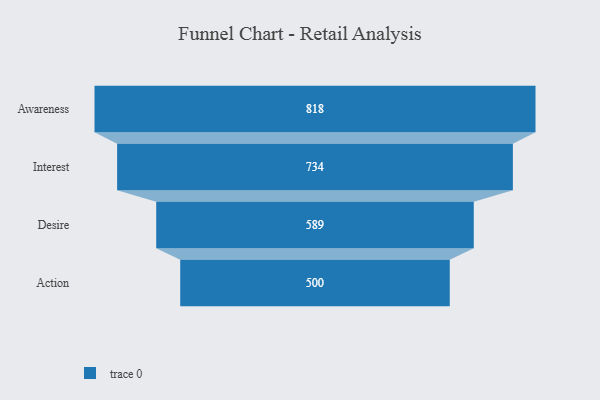
{"axis": {"x": "Stage", "y": "Value"}, "legend": [""], "data": [{"x": "Awareness", "y": 818.0, "type": ""}, {"x": "Interest", "y": 734.0, "type": ""}, {"x": "Desire", "y": 589.0, "type": ""}, {"x": "Action", "y": 500, "type": ""}]}